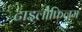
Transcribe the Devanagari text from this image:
टाइलोफिलम